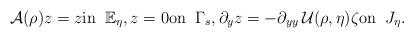
LaTeX: \begin{align*} \mathcal A(\rho) z=z \mbox{in}\;\; \Bbb E_\eta, z=0 \mbox{on}\;\; \Gamma_s, \partial_ y z=-\partial_{yy}\, \mathcal U(\rho,\eta) \zeta \mbox{on}\;\; J_\eta.\end{align*}